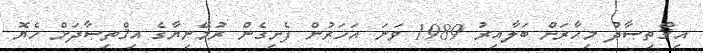
އިޤްތިޞާދު މިހާރަށް ބަލާއިރު 1989 ވަނަ އަހަރުން ފެށިގެން ރުމޭނިޔާގެ އިޤްތިޞާދަށް ހެޔޮ